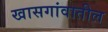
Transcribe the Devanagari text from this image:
खासगांवातील